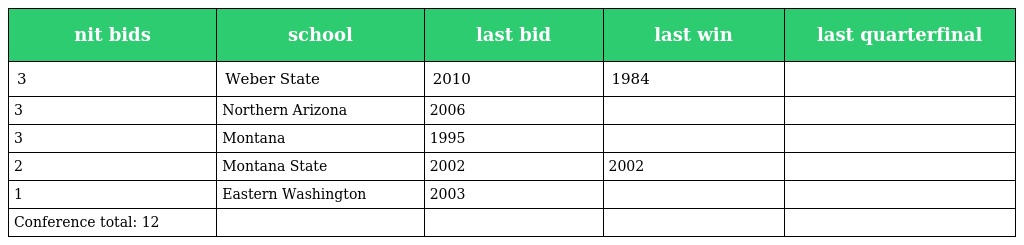
| nit bids | school | last bid | last win | last quarterfinal |
 | --- | --- | --- | --- | --- |
 | 3 | Weber State | 2010 | 1984 |  |
 | 3 | Northern Arizona | 2006 |  |  |
 | 3 | Montana | 1995 |  |  |
 | 2 | Montana State | 2002 | 2002 |  |
 | 1 | Eastern Washington | 2003 |  |  |
 | Conference total: 12 |  |  |  |  |